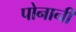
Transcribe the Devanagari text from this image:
पोनानी